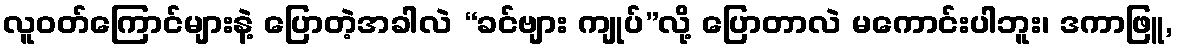
လူဝတ်ကြောင်များနဲ့ ပြောတဲ့အခါလဲ “ခင်ဗျား ကျုပ်”လို့ ပြောတာလဲ မကောင်းပါဘူး၊ ဒကာဖြူ,